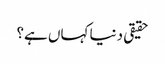
حقیقی دنیا کہاں ہے؟